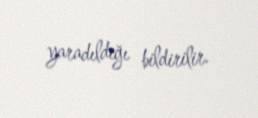
yaradıldığı bildirilir.